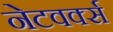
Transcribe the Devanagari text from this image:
नेटवर्क्‍स